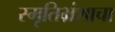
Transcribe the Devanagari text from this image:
स्मृतिभ्रंशाचा